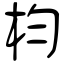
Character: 枃